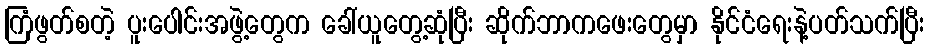
ကြံဖွတ်စတဲ့ ပူးပေါင်းအဖွဲ့တွေက ခေါ်ယူတွေ့ဆုံပြီး ဆိုက်ဘာကဖေးတွေမှာ နိုင်ငံရေးနဲ့ပတ်သက်ပြီး